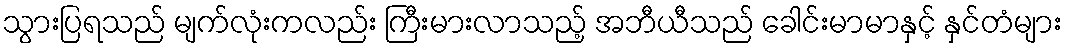
သွားပြရသည် မျက်လုံးကလည်း ကြီးမားလာသည့် အဘီယီသည် ခေါင်းမာမာနှင့် နှင်တံများ